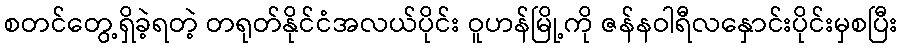
စတင်တွေ့ရှိခဲ့ရတဲ့ တရုတ်နိုင်ငံအလယ်ပိုင်း ဝူဟန်မြို့ကို ဇန်နဝါရီလနှောင်းပိုင်းမှစပြီး